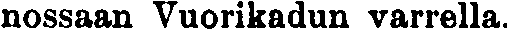
nossaan Vuorikadun varrella.